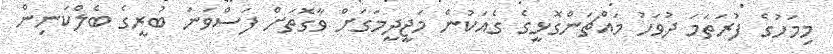
މިމަހުގެ ފުރަތަމަ ދުވަހު މައްޗަންގޮޅީގެ ގެއަކުން މަޖީދީމަގަށް ވާގޮތަށް ފަސްވަނަ ބުރީގެ ބެލްކަނިން